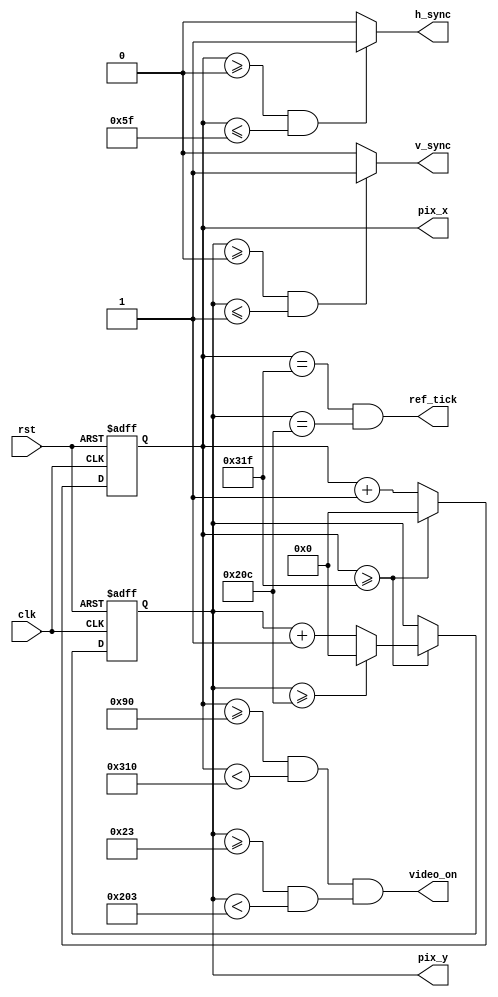
`timescale 1ns / 1ps
//////////////////////////////////////////////////////////////////////////////////
// Company: 
// Engineer: 
// 
// Design Name: 
// Module Name: vga_sync
// Project Name: 
// Target Devices: 
// Tool Versions: 
// Description: 
// 
// Dependencies: 
// 
// Revision:
// Revision 0.01 - File Created
// Additional Comments:
// 
//////////////////////////////////////////////////////////////////////////////////


module vga_sync(input clk, rst, 
                output reg h_sync, v_sync, 
                output video_on, 
                output reg [9:0] pix_x, pix_y, 
                output ref_tick);
                
// for VGA 640x480
// 640 + 48 + 16 + 96 = 800 - Horizontal timing
// 480 + 33 + 10 + 2 = 525 - Vertical timing

// HS counter
    always @ (posedge clk, posedge rst) begin
        if (rst) begin
            pix_x <= 0;
        end
        else begin
            pix_x <= pix_x + 1;
            if (pix_x >= 799) begin
                pix_x <= 0;
            end
        end
    end

// VS counter
    always @ (posedge clk, posedge rst) begin
        if (rst) begin
            pix_y <= 0;
        end
        else begin
            if (pix_x >= 799) begin
                pix_y <= pix_y + 1;
                if (pix_y >= 524) begin
                    pix_y <= 0;
                end
            end
        end
    end
    
    // HS Pulse Generator
    always @ (*) begin
        if (pix_x >= 0 && pix_x <= 95) begin
            h_sync <= 1;
        end
        else begin
            h_sync <= 0;
        end
    end
    
    // VS Pulse Generator
    always @ (*) begin
        if (pix_y >= 0 && pix_y <= 1) begin
            v_sync <= 1;
        end
        else begin
            v_sync <= 0;
        end
    end

    // Video display region
    assign video_on = (pix_x >= 144 && pix_x < 784) && (pix_y >= 35 && pix_y < 515);
    
    // 60Hz Clock
    assign ref_tick = (pix_x == 799 && pix_y == 524);
                
endmodule